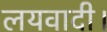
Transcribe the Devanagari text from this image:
लयवादी।